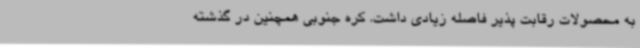
به محصولات رقابت پذیر فاصله زیادی داشت. کره جنوبی همچنین در گذشته